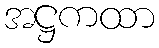
အဋ္ဌကထာ